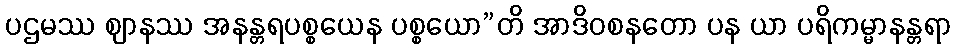
ပဌမဿ ဈာနဿ အနန္တရပစ္စယေန ပစ္စယော”တိ အာဒိဝစနတော ပန ယာ ပရိကမ္မာနန္တရာ